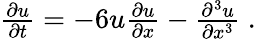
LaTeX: \begin{array}{r}{\frac{\partial u}{\partial t}=-6u\frac{\partial u}{\partial x}-\frac{\partial^{3}u}{\partial x^{3}}\; .}\end{array}